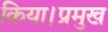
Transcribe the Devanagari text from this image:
किया।प्रमुख